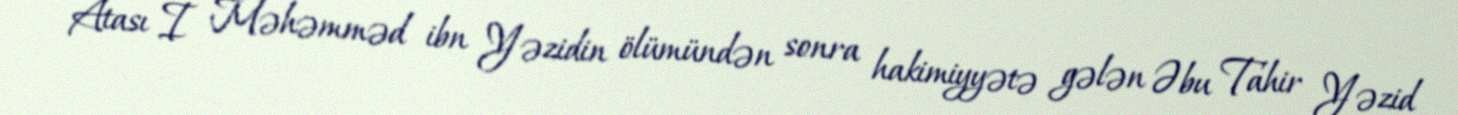
Atası I Məhəmməd ibn Yəzidin ölümündən sonra hakimiyyətə gələn Əbu Tahir Yəzid